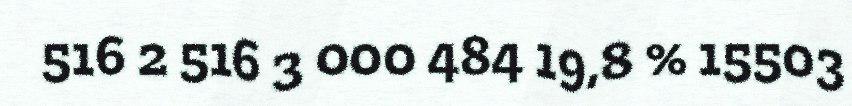
516 2 516 3 000 484 19,8 % 15503